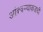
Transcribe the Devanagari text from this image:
आंबवण्याकडची